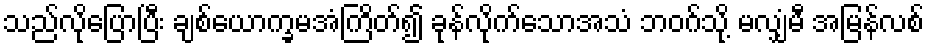
သည်လိုပြောပြီး ချစ်ယောက္ခမအံကြိတ်၍ ခုန်လိုက်သောအသံ ဘဝဂ်သို့ မလျှံမီ အမြန်လစ်